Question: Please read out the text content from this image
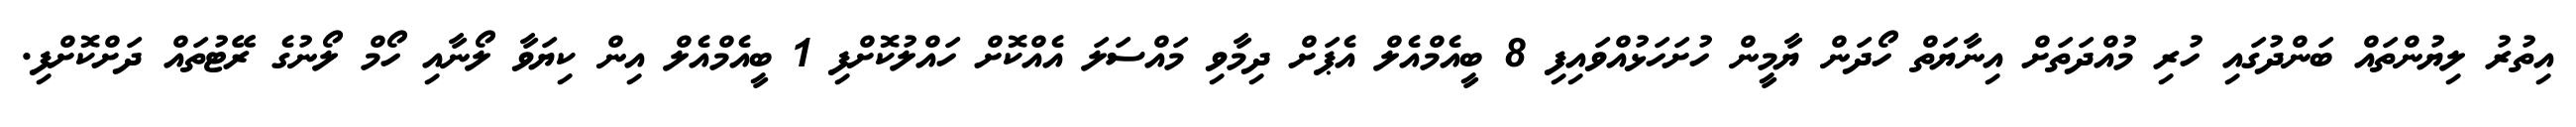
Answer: އިތުރު ލިޔުންތައް ބަންދުގައި ހުރި މުއްދަތަށް އިނާޔަތް ހޯދަން ޔާމީން ހުށަހަޅުއްވައިފި 8 ބީއެމްއެލް އެޕަށް ދިމާވި މައްސަލަ އެއްކޮށް ހައްލުކޮށްފި 1 ބީއެމްއެލް އިން ކިޔަވާ ލޯނާއި ހޯމް ލޯނުގެ ރޭޓުތައް ދަށްކޮށްފި.